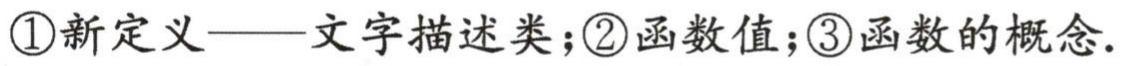
\textcircled{1}新定义——文字描述类；\textcircled{2}函数值；\textcircled{3}函数的概念.